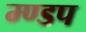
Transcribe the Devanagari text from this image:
म्ण्डप